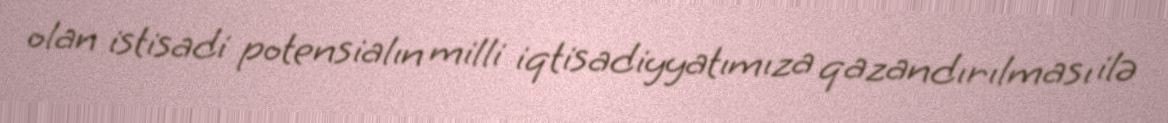
olan istisadi potensialın milli iqtisadiyyatımıza qazandırılması ilə